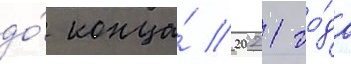
до́ конца́ 2021 го́да